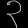
Digit: ၃